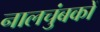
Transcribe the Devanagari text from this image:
नालचुंबकों